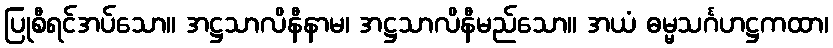
ပြုစီရင်အပ်သော။ အဋ္ဌသာလိနီနာမ၊ အဋ္ဌသာလိနီမည်သော။ အယံ ဓမ္မသင်္ဂဟဋ္ဌကထာ၊